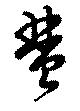
彗